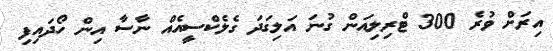
އިރަށް ވުރެ 300 ޓްރިލިއަން ގުނަ އަލިގަދަ ގެލެކްސީއެއް ނާސާ އިން ހޯދައިފި